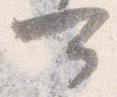
可